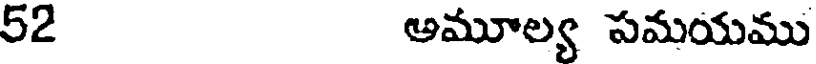
52 అమూల్య పమయము